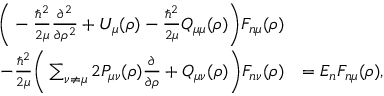
\begin{array} { r l } { \Bigg ( - \frac { \hbar ^ { 2 } } { 2 \mu } \frac { \partial ^ { 2 } } { \partial \rho ^ { 2 } } + U _ { \mu } ( \rho ) - \frac { \hbar ^ { 2 } } { 2 \mu } Q _ { \mu \mu } ( \rho ) \Bigg ) F _ { n \mu } ( \rho ) } & { } \\ { - \frac { \hbar ^ { 2 } } { 2 \mu } \Bigg ( \sum _ { \nu \neq \mu } 2 P _ { \mu \nu } ( \rho ) \frac { \partial } { \partial \rho } + Q _ { \mu \nu } ( \rho ) \Bigg ) F _ { n \nu } ( \rho ) } & { = E _ { n } F _ { n \mu } ( \rho ) , } \end{array}